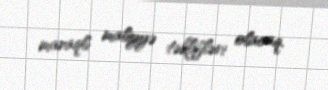
maraqlı maliyyə təklifləri olacaq.